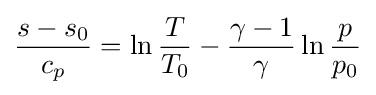
{\frac {s-s_{0}}{c_{p}}}=\ln {\frac {T}{T_{0}}}-{\frac {\gamma -1}{\gamma }}\ln {\frac {p}{p_{0}}}